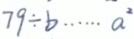
7 9 \div b \cdots a ^ { 2 }